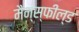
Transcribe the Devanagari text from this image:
मैन्स्फील्ड